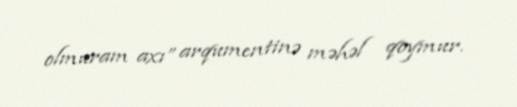
olmuram axı” arqumentinə məhəl qoymur.